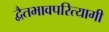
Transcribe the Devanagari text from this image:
द्वैतभावपरित्यागी